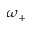
\omega _ { + }